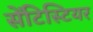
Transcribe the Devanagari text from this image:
सेंटिस्टियर